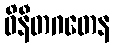
ဝိနီတဂတေန